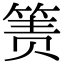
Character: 箦